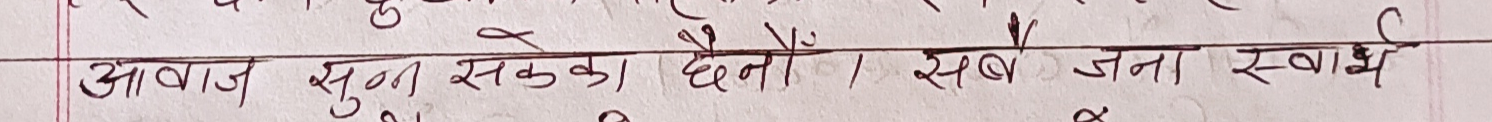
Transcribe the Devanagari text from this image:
आवाज सुना सकका छैनौँ । सबै जना स्वार्थ